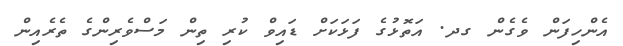
އެންހިފަން ވެގެން ގދ. އަތޮޅުގެ ފަޅަކަށް ޑައިވް ކުރި ތިން މަސްވެރިންގެ ތެރެއިން